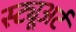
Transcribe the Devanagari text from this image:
स्ट्यूअर्ट